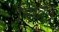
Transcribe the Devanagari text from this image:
मिख्य